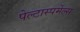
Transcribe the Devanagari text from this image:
पेल्टास्पर्मेल्स